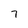
Character: 7